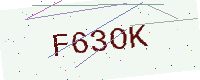
Text: F63OK